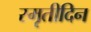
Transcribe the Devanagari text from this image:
स्मृतीदिन